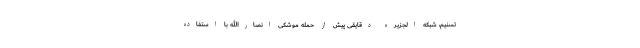
تسنیم، شبکه الجزیره دقایقی پیش از حمله موشکی انصارالله با استفاده